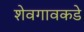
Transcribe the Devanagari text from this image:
शेवगावकडे